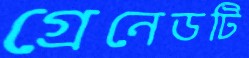
গ্রেনেডটি